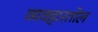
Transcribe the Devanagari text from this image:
व्यवहारतोल